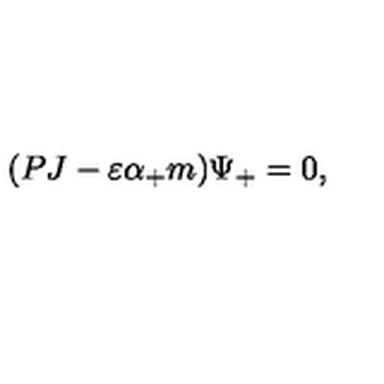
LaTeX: ( P J - \varepsilon \alpha _ { + } m ) \Psi _ { + } = 0 ,